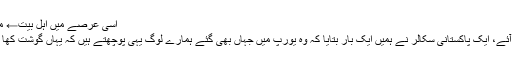
اِسی عرصے میں اہلِ بیتؑ← مزید پڑھیے
یورپ سے آئے، ایک پاکستانی سکالر نے ہمیں ایک بار بتایا کہ وہ یورپ میں جہاں بھی گئے ہمارے لوگ یہی پوچھتے ہیں کہ یہاں گوشت کھا سکتے ہیں؟